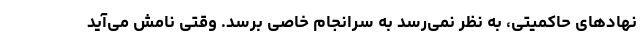
نهادهای حاکمیتی، به نظر نمی‌رسد به سرانجام خاصی برسد. وقتی نامش می‌آید